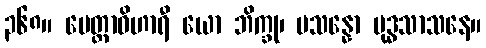
၃၆၈။ မေတ္တာဝိဟာရီ ယော ဘိက္ခု၊ ပသန္နော ဗုဒ္ဓသာသနေ။